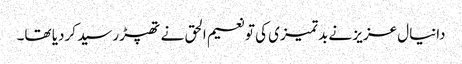
دانیال عزیز نے بدتمیزی کی تو نعیم الحق نے تھپڑ رسید کردیا تھا۔